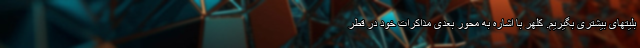
بلیتهای بیشتری بگیریم. کلهر با اشاره به محور بعدی مذاکرات خود در قطر